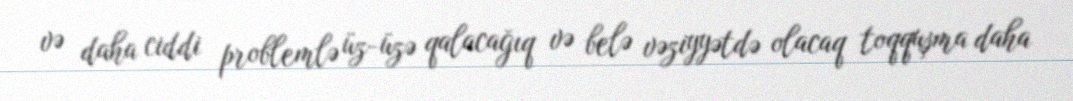
və daha ciddi problemlə üz-üzə qalacağıq və belə vəziyyətdə olacaq toqquşma daha